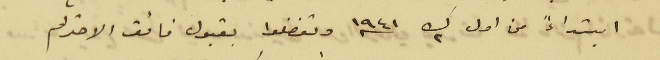
ابتداءً من اول ك٢ سنه ١٩٤١ وتفضلوا بقبول فائق الاحترام